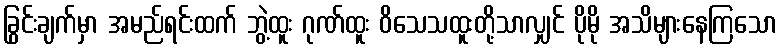
ခြွင်းချက်မှာ အမည်ရင်းထက် ဘွဲ့ထူး ဂုဏ်ထူး ဝိသေသထူးတို့သာလျှင် ပိုမို အသိများနေကြသော